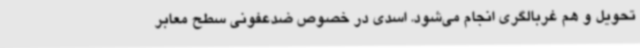
تحویل و هم غربالگری انجام می‌شود. اسدی در خصوص ضدعفونی سطح معابر